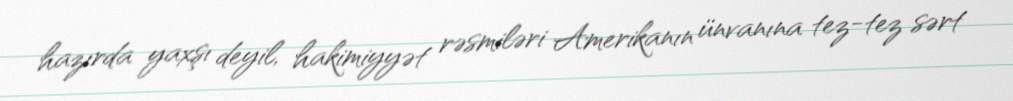
hazırda yaxşı deyil, hakimiyyət rəsmiləri Amerikanın ünvanına tez-tez sərt